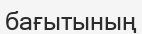
бағытының